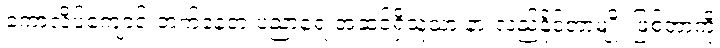
ကောလိပ်ကျောင်းတက်နေတဲ့ ပညာရေးအဆင့်ရှိသူသာ နားလည်နိုင်တာမျိုး ဖြစ်တာကို